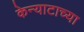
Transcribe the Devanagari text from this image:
केन्याटाच्या